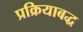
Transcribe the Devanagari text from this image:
प्रक्रियाबद्ध